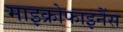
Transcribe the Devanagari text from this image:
माइक्रोफाइनैंस